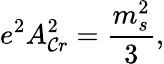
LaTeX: e^{2}A_{\mathcal{C}r}^{2}={\frac{{m_{s}^{2}}}{{3}}},